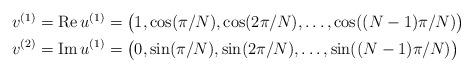
LaTeX: \begin{align*}\begin{aligned}v^{(1)}=\textup{Re}\,u^{(1)}&=\big(1,\cos(\pi/N),\cos(2\pi/N),\ldots,\cos((N-1)\pi/N)\big)\\v^{(2)}=\textup{Im}\,u^{(1)}&=\big(0,\sin(\pi/N),\sin(2\pi/N),\ldots,\sin((N-1)\pi/N)\big)\end{aligned}\end{align*}